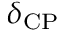
\delta _ { \mathrm { C P } }